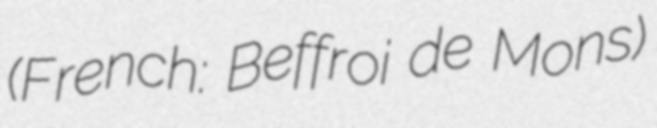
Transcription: (French: Beffroi de Mons)